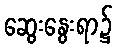
ဆွေးနွေးရာ၌